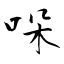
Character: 哚